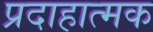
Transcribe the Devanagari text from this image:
प्रदाहात्मक